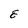
Character: E